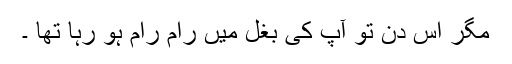
مگر اس دن تو آپ کی بغل میں رام رام ہو رہا تھا ۔